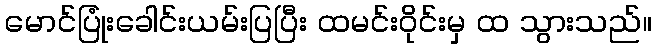
မောင်ပြုံးခေါင်းယမ်းပြပြီး ထမင်းဝိုင်းမှ ထ သွားသည်။